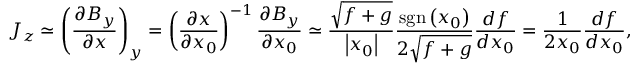
J _ { z } \simeq \left( \frac { \partial B _ { y } } { \partial x } \right) _ { y } = \left( \frac { \partial x } { \partial x _ { 0 } } \right) ^ { - 1 } \frac { \partial B _ { y } } { \partial x _ { 0 } } \simeq \frac { \sqrt { f + g } } { \left| x _ { 0 } \right| } \frac { \mathrm { s g n } \left( x _ { 0 } \right) } { 2 \sqrt { f + g } } \frac { d f } { d x _ { 0 } } = \frac { 1 } { 2 x _ { 0 } } \frac { d f } { d x _ { 0 } } ,